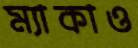
ম্যাকাও